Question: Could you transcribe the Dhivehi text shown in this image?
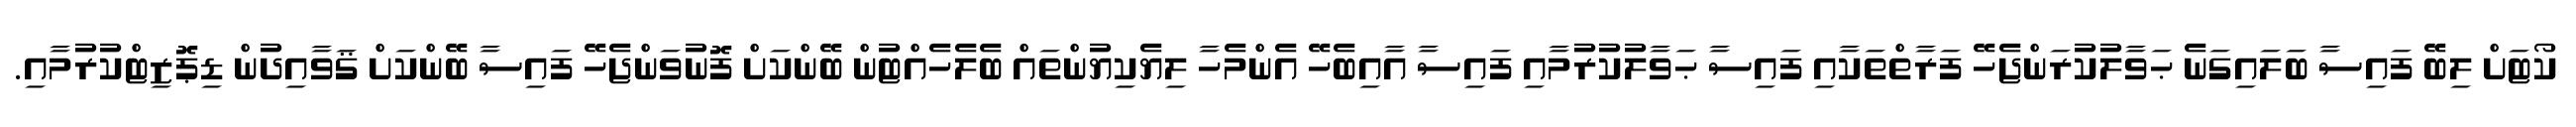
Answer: ކޯޓަށް ލިބޭ ފައިސާ ބަލައިގަނެ ޙަވާލުކުރަންޖެހޭ ފަރާތްތަކާއި ފައިސާ ޙަވާލުކުރުމާއި ފައިސާ އާއިބެހޭ އެންމެހާ ލިޔެކިޔުންތައް ބެލެހެއްޓުން ބޭންކަށް ފޮނުވަންޖެހޭ ފައިސާ ބޭންކަށް ޤަވާއިދުން ޑިޕޮޒިޓްކުރުމާއި.